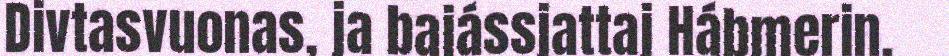
Divtasvuonas, ja bajássjattaj Hábmerin.